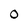
Character: o